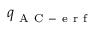
q _ { \mathrm { ~ A ~ C ~ - ~ e ~ r ~ f ~ } } ^ { }